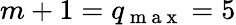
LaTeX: m+1=q_{\mathrm{~m~a~x~}}=5